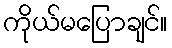
ကိုယ်မပြောချင်။